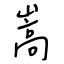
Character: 嵩